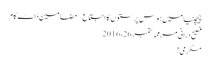
چیچنیا میں ہوس پرستوں کا اجتماع ~ مضامین ڈاٹ کام
فصیح درانی مرممہ ستمبر 26، 2016
مکرمی!